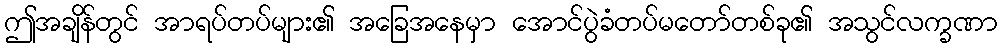
ဤအချိန်တွင် အာရပ်တပ်များ၏ အခြေအနေမှာ အောင်ပွဲခံတပ်မတော်တစ်ခု၏ အသွင်လက္ခဏာ